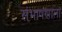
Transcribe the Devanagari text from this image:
संभाषणाला